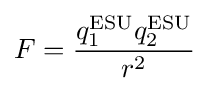
F={q_{1}^{\text{ESU}}q_{2}^{\text{ESU}} \over r^{2}}